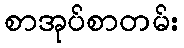
စာအုပ်စာတမ်း